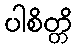
ပါစိတ္တိ